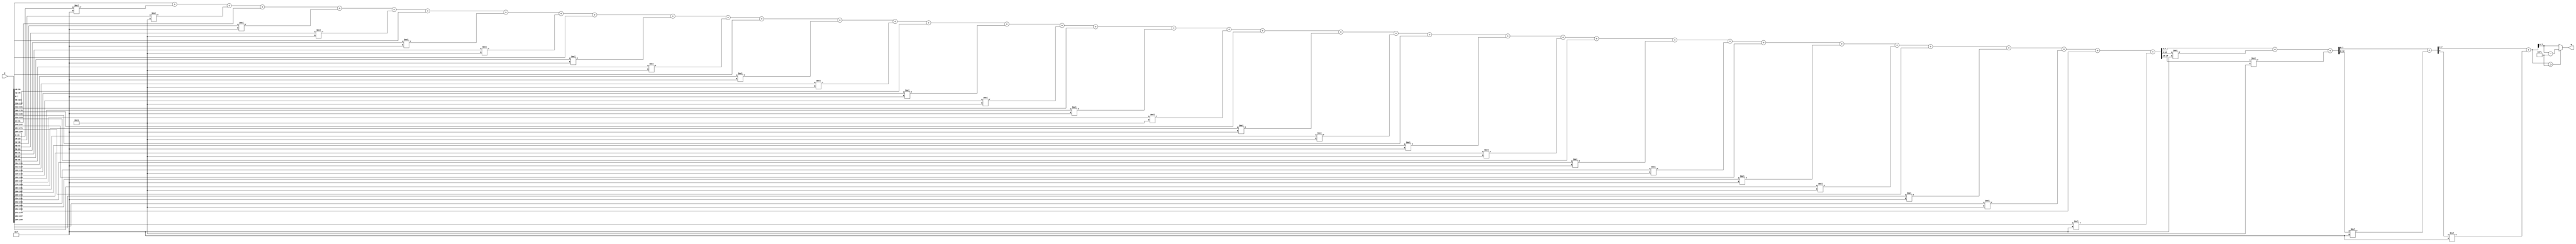
module x_300_mod_241(
    input [300:1] X,
    output [8:1] R
    );

wire [20:1] R_temp_1;
wire [13:1] R_temp_2;
wire [10:1] R_temp_3;
wire [9:1] R_temp_4;
reg [8:1]  R_temp;

assign R_temp_1 = X [ 8 : 1 ]  + X [ 16 : 9 ] * 4'b1111 + X [ 24 : 17 ] * 8'b11100001 + 
X [ 32 : 25 ]  + X [ 40 : 33 ] * 4'b1111 + X [ 48 : 41 ] * 8'b11100001 + X [ 56 : 49 ]  + 
X [ 64 : 57 ] * 4'b1111 + X [ 72 : 65 ] * 8'b11100001 + X [ 80 : 73 ]  + X [ 88 : 81 ] * 4'b1111 + 
X [ 96 : 89 ] * 8'b11100001 + X [ 104 : 97 ]  + X [ 112 : 105 ] * 4'b1111 + X [ 120 : 113 ] * 8'b11100001 + 
X [ 128 : 121 ]  + X [ 136 : 129 ] * 4'b1111 + X [ 144 : 137 ] * 8'b11100001 + X [ 152 : 145 ]  + 
X [ 160 : 153 ] * 4'b1111 + X [ 168 : 161 ] * 8'b11100001 + X [ 176 : 169 ]  + X [ 184 : 177 ] * 4'b1111 + 
X [ 192 : 185 ] * 8'b11100001 + X [ 200 : 193 ]  + X [ 208 : 201 ] * 4'b1111 + X [ 216 : 209 ] * 8'b11100001 + 
X [ 224 : 217 ]  + X [ 232 : 225 ] * 4'b1111 + X [ 240 : 233 ] * 8'b11100001 + X [ 248 : 241 ]  + 
X [ 256 : 249 ] * 4'b1111 + X [ 264 : 257 ] * 8'b11100001 + X [ 272 : 265 ]  + X [ 280 : 273 ] * 4'b1111 + 
X [ 288 : 281 ] * 8'b11100001 + X [ 296 : 289 ]  + X [ 300 : 297 ] * 4'b1111 ;

assign R_temp_2 = R_temp_1 [ 8 : 1 ]  + R_temp_1 [ 16 : 9 ] * 4'b1111 + R_temp_1 [ 20 : 17 ] * 8'b11100001 ;

assign R_temp_3 = R_temp_2 [ 8 : 1 ]  + R_temp_2 [ 13 : 9 ] * 4'b1111 ;

assign R_temp_4 = R_temp_3 [ 8 : 1 ]  + R_temp_3 [ 9 ] * 4'b1111 ;

always @(R_temp_4)
begin
  if (R_temp_4 >= 8'b11110001)
    R_temp <= R_temp_4 - 8'b11110001;
  else
    R_temp <= R_temp_4;
end

assign R = R_temp;

endmodule